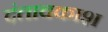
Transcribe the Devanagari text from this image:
दंतावकाश